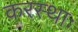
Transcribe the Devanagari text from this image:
करस्थाः